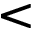
<